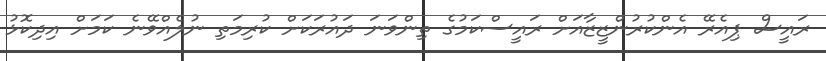
ރައީސް ޕިއެރޭ އެންކުރުންޒީޒާއަށް ރައީސްކަމުގެ ތިންވަނަ ދައުރަކަށް ކުރިމަތި ނުލެއްވޭނެ ކަމަށް އިދިކޮޅު